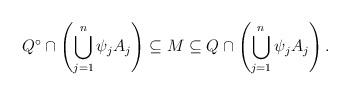
LaTeX: \begin{align*}Q^{\circ}\cap\left(\bigcup_{j=1}^{n}\psi_{j}A_{j}\right)\subseteq M\subseteq Q\cap\left(\bigcup_{j=1}^{n}\psi_{j}A_{j}\right).\end{align*}